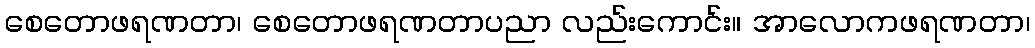
စေတောဖရဏတာ၊ စေတောဖရဏတာပညာ လည်းကောင်း။ အာလောကဖရဏတာ၊